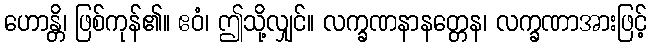
ဟောန္တိ၊ ဖြစ်ကုန်၏။ ဧဝံ၊ ဤသို့လျှင်။ လက္ခဏနာနတ္တေန၊ လက္ခဏာအားဖြင့်